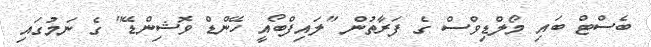
ބެސްޓް ބައި މޯލްޑިވްސް ގެ ފަރާތުން "ލައިފްބޯއީ ހޭންޑް ވޮޝިންޑޭ" ގެ ނަމުގައި